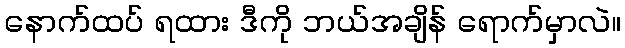
နောက်ထပ် ရထား ဒီကို ဘယ်အချိန် ရောက်မှာလဲ။